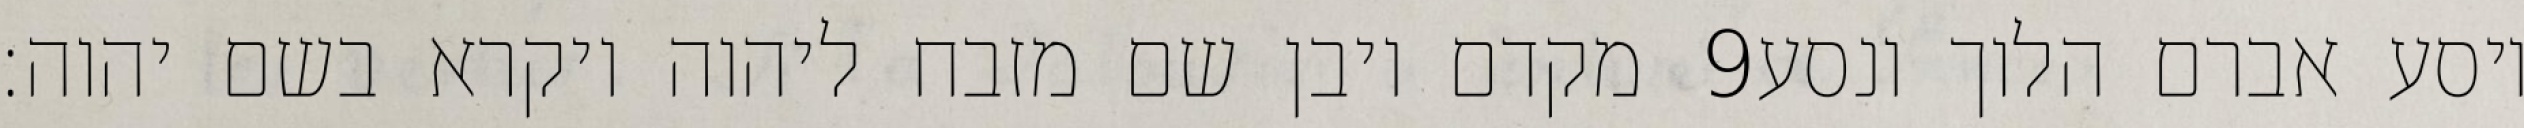
מקדם ויבן שם מזבח ליהוה ויקרא בשם יהוה׃ ‎9‏ ויסע אברם הלוך ונסע